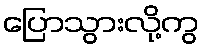
ပြောသွားလို့ကွ